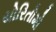
યોરિતોમો